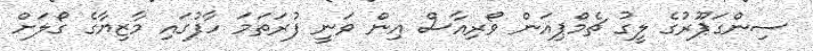
ސިންގަޕޫރުގެ ލީގު ޗެމްޕިއަން ވޯރިއާސް އިން ވަނީ ފުރަތަމަ ހާފުގައި މާޒިޔާގެ ގޯލަށް